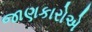
જાણકારોએ